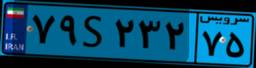
۷۹S۲۳۲۷۵